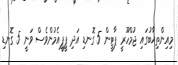
މިއިންތިޚާބުގައި ޖުމްހޫރީ ޕާޓީން 5 ގޮނޑި އަދި ޕީޕީއެމުންވެސް ވަނީ 5 ގޮނޑި